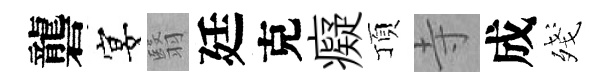
礱宴翳廷克癡頂寺成殘